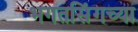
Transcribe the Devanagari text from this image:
भगतसिंगच्या